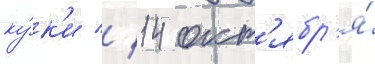
ку́к'и // 14 окт'ябр'я́